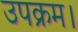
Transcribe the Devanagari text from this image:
उपक्रम।